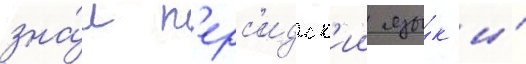
зна́л п'ерс'идск'ии язы́к и́